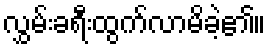
လွှမ်းခရီးထွက်လာမိခဲ့၏။